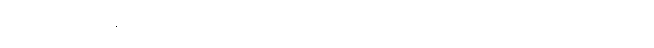
မရှိတဲ့အတွက်ကြောင့် သူ့ကိုဒီလိုမဖြစ်အောင်တော့ ကိုယ့်မိသားစုရော သူ့နဲ့ ပတ်သက်တဲ့